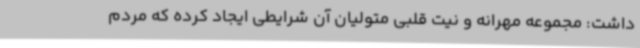
داشت: مجموعه مهرانه و نیت قلبی متولیان آن شرایطی ایجاد کرده که مردم